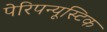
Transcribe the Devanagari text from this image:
पेरिपन्यूस्टिक